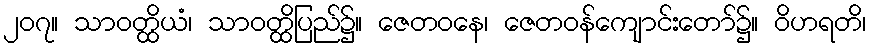
၂၀၇။ သာဝတ္ထိယံ၊ သာဝတ္ထိပြည်၌။ ဇေတဝနေ၊ ဇေတဝန်ကျောင်းတော်၌။ ဝိဟရတိ၊